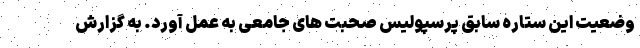
وضعیت این ستاره سابق پرسپولیس صحبت های جامعی به عمل آورد. به گزارش